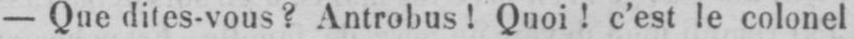
- Que dites-vous? Antrobus! Quoi! c’est le colonel